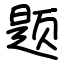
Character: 题